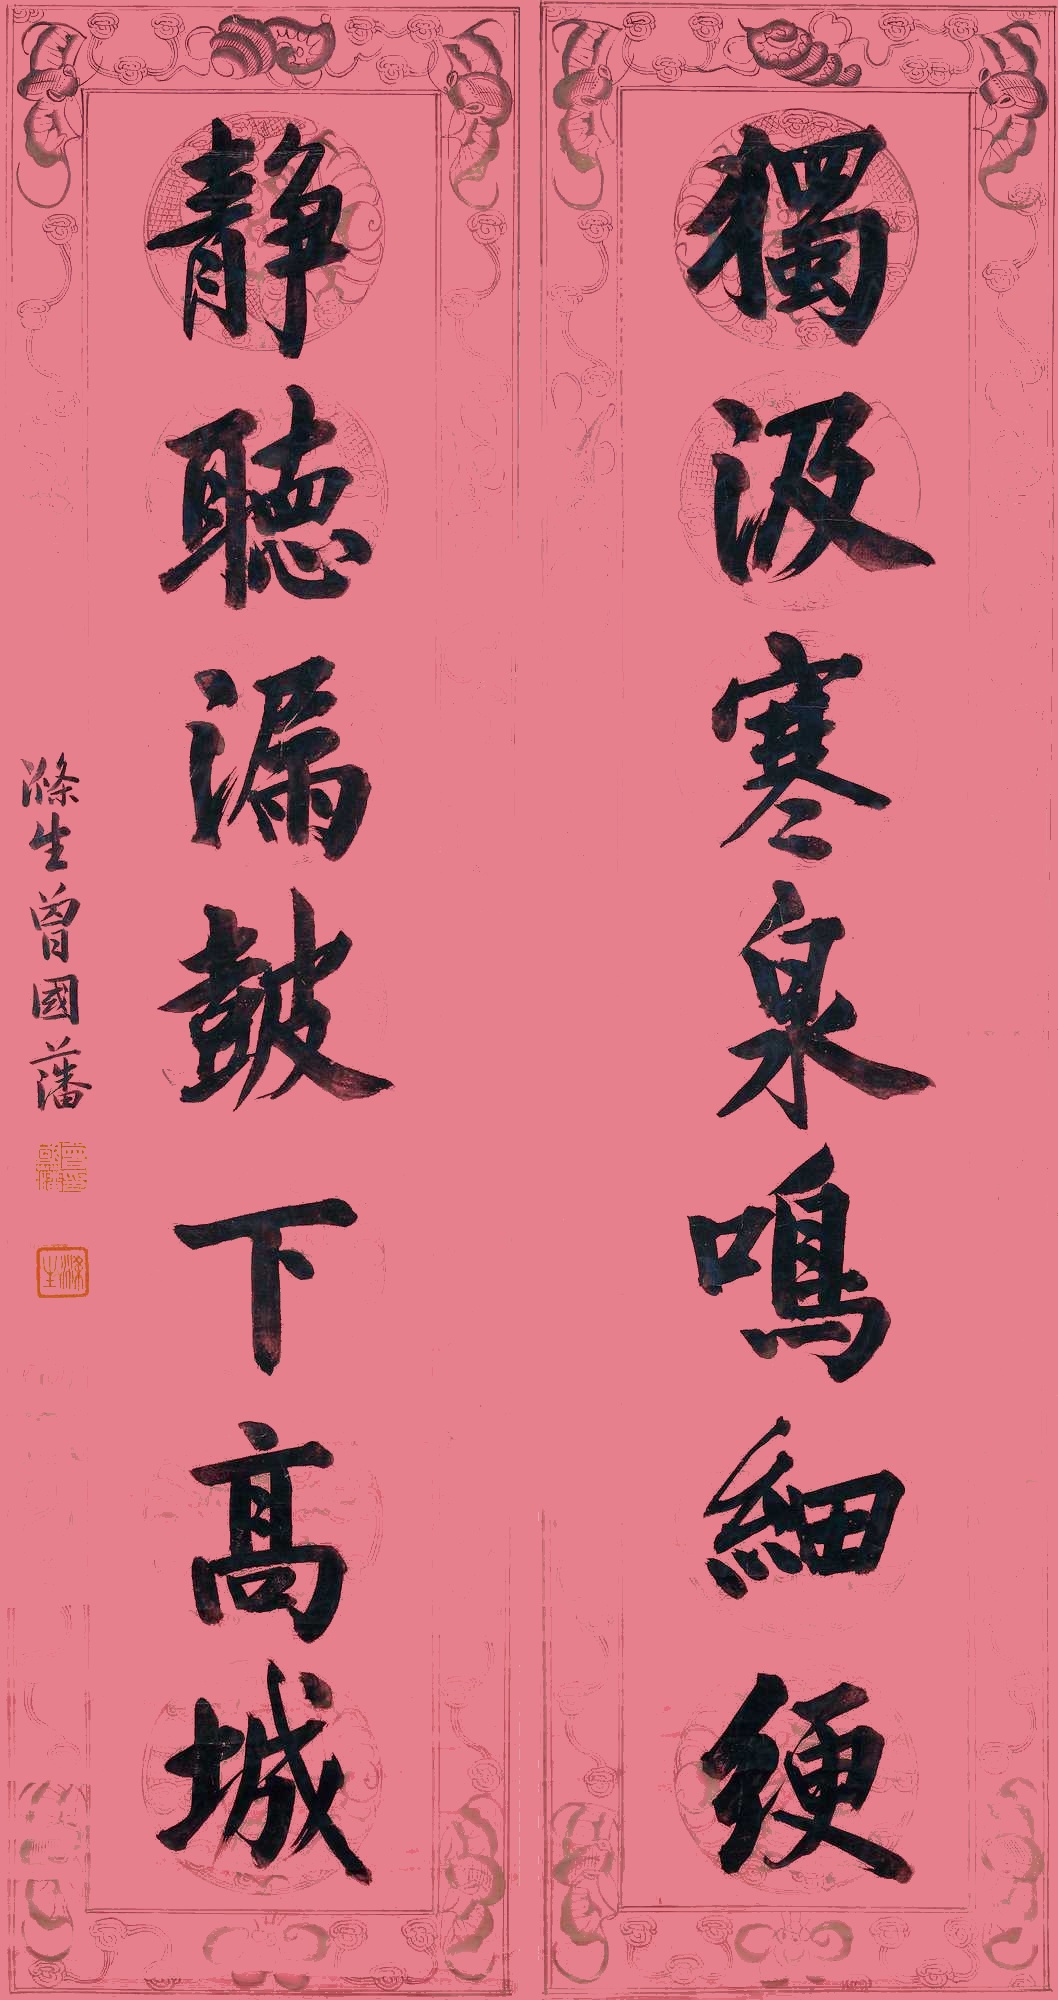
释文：独汲寒泉鸣细更，静听漏鼓下高城。涤生曾国藩。